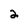
Character: 2